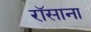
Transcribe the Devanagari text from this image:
रॉसाना